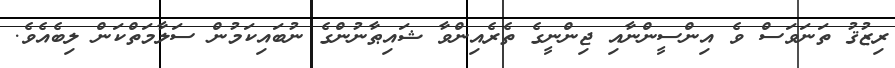
ރިޒުޤު ތަނަވަސް ވެ އިންސީންނާއި ޖިންނީގެ ތެރެއިންވާ ޝައިޠާނުންގެ ނުބައިކަމުން ސަލާމަތްކަން ލިބެއެވެ.